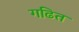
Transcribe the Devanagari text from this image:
गढित